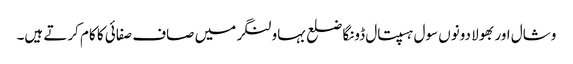
وشال اور بھولا دونوں سول ہسپتال ڈونگا ضلع بہاولنگر میں صاف صفائی کا کام کرتے ہیں۔